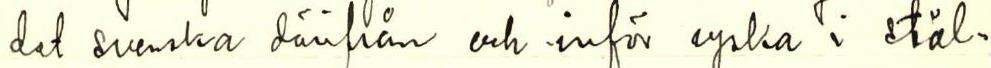
det svenska därifrån och inför ryska i stäl-